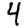
Digit: 4